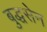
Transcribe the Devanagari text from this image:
बुद्धसेन